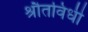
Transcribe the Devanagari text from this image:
श्रौतविधी